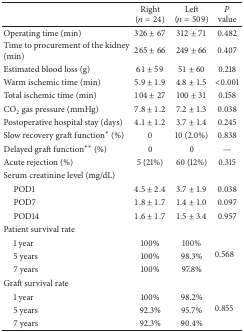
|  | Right (n = 24) | Left (n = 509) | P value |
 | --- | --- | --- | --- |
 | Operating time (min) | 326 ± 67 | 312 ± 71 | 0.482 |
 | Time to procurement of the kidney (min) | 265 ± 66 | 249 ± 66 | 0.407 |
 | Estimated blood loss (g) | 61 ± 59 | 51 ± 60 | 0.218 |
 | Warm ischemic time (min) | 5.9 ± 1.9 | 4.8 ± 1.5 | <0.001 |
 | Total ischemic time (min) | 104 ± 27 | 100 ± 31 | 0.158 |
 | CO2 gas pressure (mmHg) | 7.8 ± 1.2 | 7.2 ± 1.3 | 0.038 |
 | Postoperative hospital stay (days) | 4.1 ± 1.2 | 3.7 ± 1.4 | 0.245 |
 | Slow recovery graft function* (%) | 0 | 10 (2.0%) | 0.838 |
 | Delayed graft function** (%) | 0 | 0 | — |
 | Acute rejection (%) | 5 (21%) | 60 (12%) | 0.315 |
 | Serum creatinine level (mg/dL) |  |  |  |
 | POD1 | 4.5 ± 2.4 | 3.7 ± 1.9 | 0.038 |
 | POD7 | 1.8 ± 1.7 | 1.4 ± 1.0 | 0.097 |
 | POD14 | 1.6 ± 1.7 | 1.5 ± 3.4 | 0.957 |
 | Patient survival rate |  |  |  |
 | 1 year | 100% | 100% | <ROWSPAN=3> 0.568 |
 | 5 years | 100% | 98.3% |
 | 7 years | 100% | 97.8% |
 | Graft survival rate |  |  |  |
 | 1 year | 100% | 98.2% | <ROWSPAN=3> 0.855 |
 | 5 years | 92.3% | 95.7% |
 | 7 years | 92.3% | 90.4% |